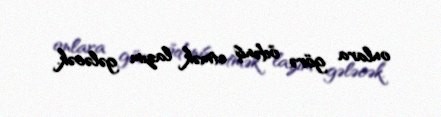
onlara görə ödəniş etmək lazım gələcək.